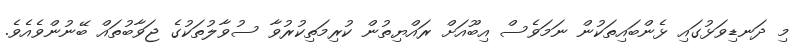
މި ދަނޑިވަޅުގައި ޅެންބައިތަކުން ނަމަވެސް އިބޫއަށް ރައްޔިތުން ކުރިމަތިކުރުވާ ސުވާލުތަކުގެ ޖަވާބުތައް ބޭނުންވެއެވެ.